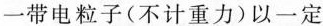
一带电粒子(不计重力)以一定